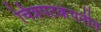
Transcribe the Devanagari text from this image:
चित्रपटकंपनीत